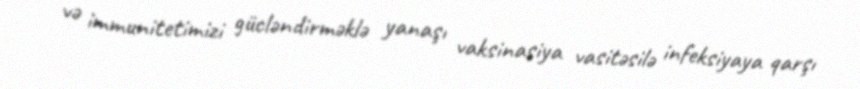
və immunitetimizi gücləndirməklə yanaşı vaksinasiya vasitəsilə infeksiyaya qarşı